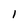
Character: l